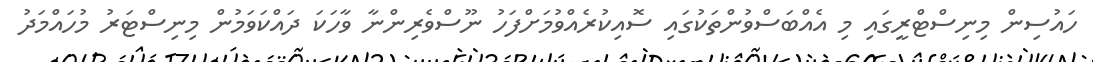
ހައުސިން މިނިސްޓްރީގައި މި އެއްބަސްވުންތަކުގައި ސޮއިކުރެއްވުމަށްފަހު ނޫސްވެރިންނާ ވާހަކަ ދައްކަވަމުން މިނިސްޓަރު މުހައްމަދު